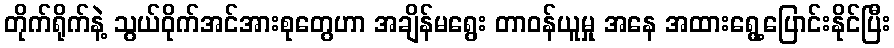
တိုက်ရိုက်နဲ့ သွယ်ဝိုက်အင်အားစုတွေဟာ အချိန်မရွေး တာဝန်ယူမှု အနေ အထားရွေ့ပြောင်းနိုင်ပြီး